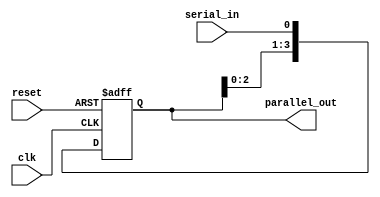
module Serie_Paralelo (
    input clk,     // Clock input
    input reset,   // Reset = 1;
    input serial_in, // Serial Data Input
    output reg [3:0] parallel_out // Parallel Data Output
);

reg [3:0] shift_reg; // Shift register on 4 Bits

always @(posedge clk or posedge reset) begin
    if (reset) begin
        shift_reg <= 4'b0000; // Reset Shift register to 0
    end else begin
        shift_reg <= {shift_reg[2:0], serial_in}; // Shift and load the new serial bit
    end
end

assign parallel_out = shift_reg; // Parallel output is equal to the contents of the shift register

endmodule